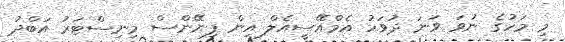
މި މަހުގެ ނުވަ ވަނަ ދުވަހު އެމްއޭސީއެލް އިން ފިނޭންސް މިނިސްޓަރު އަބްދު